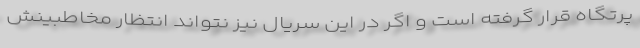
پرتگاه قرار گرفته است و اگر در این سریال نیز نتواند انتظار مخاطبینش